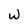
Character: w